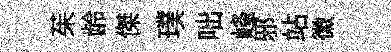
茱龄傑璞咄峰邪站徽